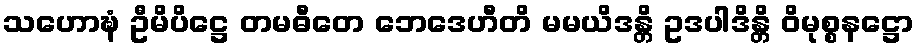
သဟောဍ္ဎံ ဦမိပိဋ္ဌေ တမဓီတေ ဘေဒေဟီတိ မမယိဒန္တိ ဥဒပါဒိန္တိ ဝိမုစ္စနဋ္ဌော